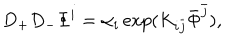
D _ { + } D _ { - } \Phi ^ { i } = \alpha _ { i } \exp ( K _ { i \bar { j } } \bar { \Phi } ^ { \bar { j } } ) ,